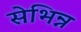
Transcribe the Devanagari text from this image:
सेभिन्न